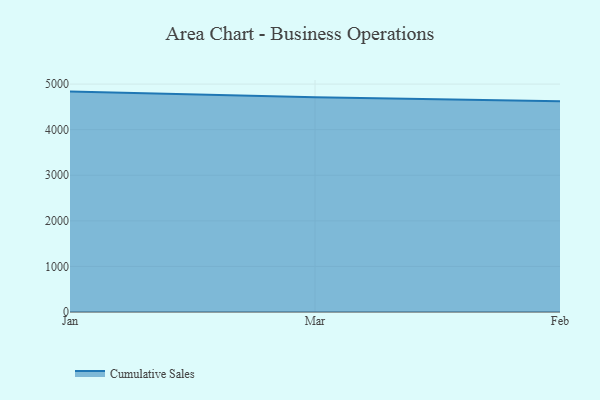
{"axis": {"x": "Month", "y": "Tickets Resolved"}, "legend": ["Cumulative Sales"], "data": [{"x": "Jan", "y": 4834.9, "type": "Cumulative Sales"}, {"x": "Mar", "y": 4712.2, "type": "Cumulative Sales"}, {"x": "Feb", "y": 4620.9, "type": "Cumulative Sales"}]}